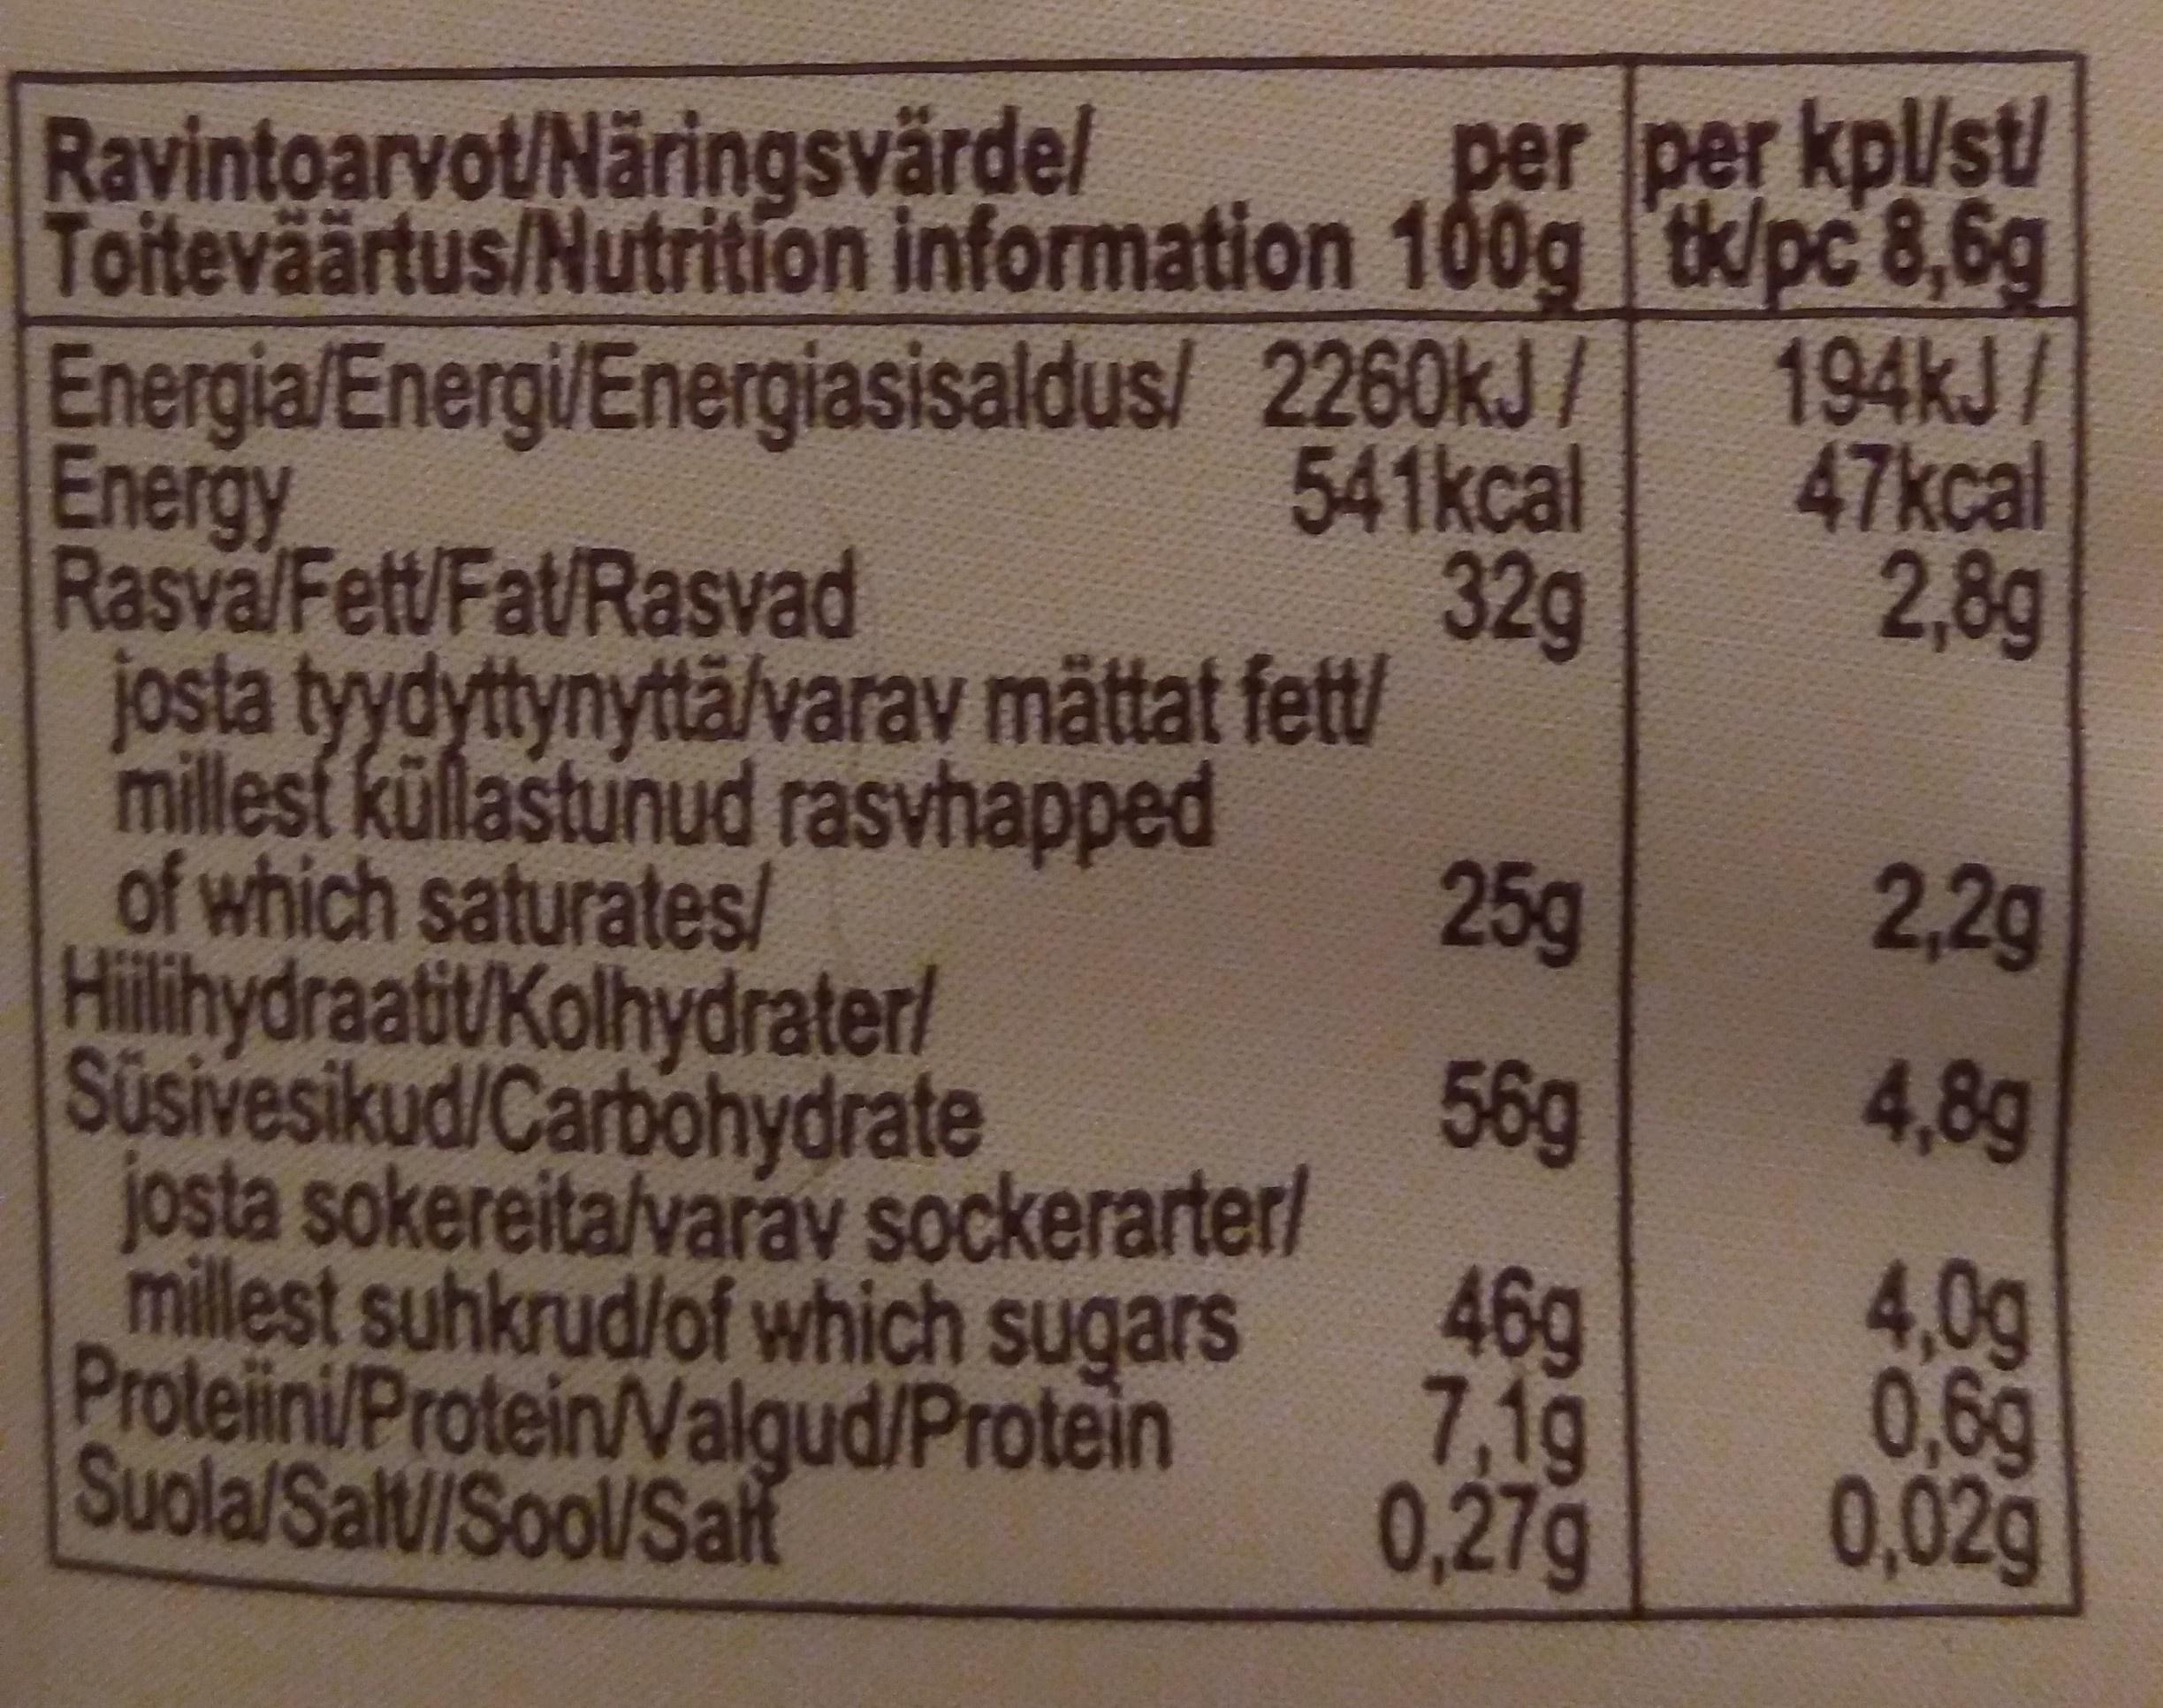
per per kpl/st/
Ravintoarvot/Näringsvärdel Toiteväärtus/Nutrition information 100g tk/pc 8,6g
194KJ / 47kcal 2,8g
Energia/Energi/Energiasisaldus/ 2260KJ/ Energy Rasva/Fett/Fat/Rasvad josta tyydyttynyttä/varav mättat fett/ millest küllastunud rasvhapped of which saturates/ Hillihydraatit/Kolhydrater/ Süsivesikud/Carbohydrate josta sokereita/varav sockerarter/ millest suhkrud/of which sugars Proteini/Protein/Valgud/Protein Suola/Salt/Sool/Salt
541kcal 32g
25g
2,2g
56g
4,8g
46g 7,1g 0,27g
4,0g 0,6g 0,02g